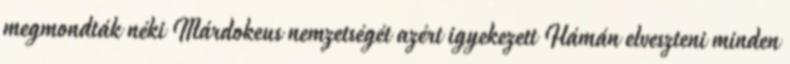
megmondták néki Márdokeus nemzetségét azért igyekezett Hámán elveszteni minden